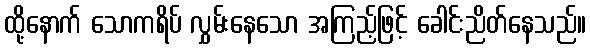
ထို့နောက် သောကရိပ် လွှမ်းနေသော အကြည့်ဖြင့် ခေါင်းညိတ်နေသည်။